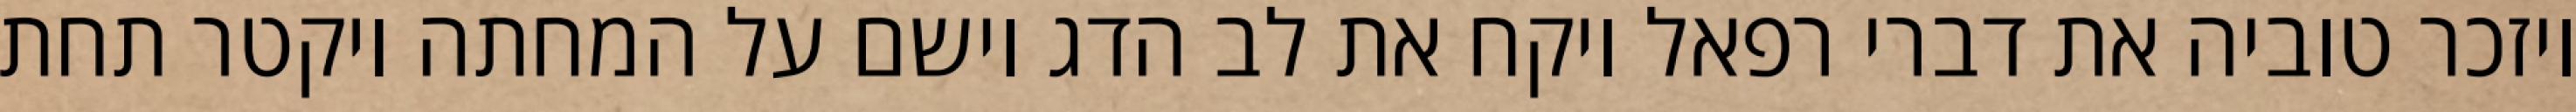
ויזכר טוביה את דברי רפאל ויקח את לב הדג וישם על המחתה ויקטר תחת